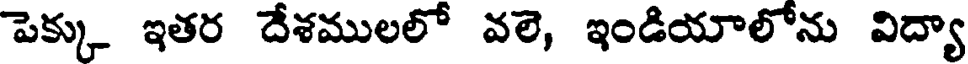
పెక్కు ఇతర దేశములలో వలె, ఇండియాలోను విద్యా